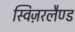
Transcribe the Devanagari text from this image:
स्विज़रलैण्ड